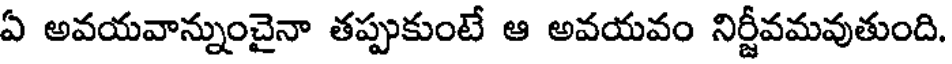
ఏ అవయవాన్నుంచైనా తప్పుకుంటే ఆ అవయవం నిర్జీవమవుతుంది.